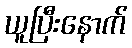
ယူပြီးနောက်